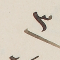
٣